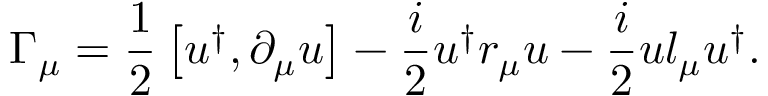
\Gamma _ { \mu } = \frac { 1 } { 2 } \left[ u ^ { \dagger } , \partial _ { \mu } u \right] - \frac { i } { 2 } u ^ { \dagger } r _ { \mu } u - \frac { i } { 2 } u l _ { \mu } u ^ { \dagger } .